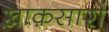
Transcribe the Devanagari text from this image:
ख़ाक़सारों